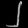
Digit: ၂